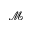
\mathcal { M }